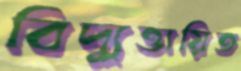
বিদ্যুত্তায়িত